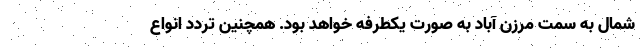
شمال به سمت مرزن آباد به صورت یکطرفه خواهد بود. همچنین تردد انواع